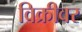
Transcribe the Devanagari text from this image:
विक्रीवर